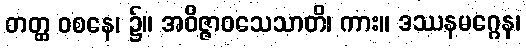
တတ္ထ ဝစနေ၊ ၌။ အဝိဇ္ဇာဝသေသာတိ၊ ကား။ ဒဿနမဂ္ဂေန၊